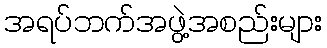
အရပ်ဘက်အဖွဲ့အစည်းများ